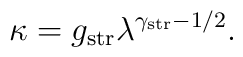
\kappa = g_{\rm str}\lambda^{\gamma_{\rm str}-1/2}.